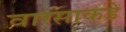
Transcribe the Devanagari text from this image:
वारसाकडे